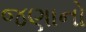
જણાનો